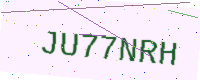
Text: JU77NRH